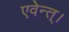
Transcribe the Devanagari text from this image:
एवेन्त्।